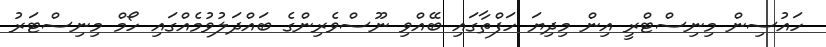
ހައުސިން މިނިސްޓްރީ އިން މިދިޔަ ހަފްތާގައި ބޭއްވި ނޫސްވެރިންގެ ބައްދަލުވުމެއްގައި ހޯމް މިނިސްޓަރު